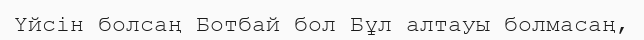
Үйсін болсаң Ботбай бол Бұл алтауы болмасаң,